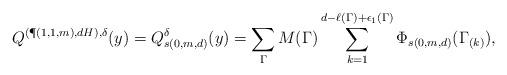
LaTeX: \begin{align*} Q^{(\P(1,1,m),dH),\delta}(y)=Q^{\delta}_{s(0,m,d)}(y)=\sum_{\Gamma} M(\Gamma)\sum_{k=1}^{d-\ell(\Gamma)+\epsilon_1(\Gamma)}\Phi_{s(0,m,d)}(\Gamma_{(k)}),\end{align*}